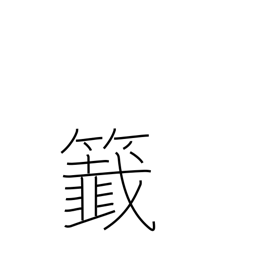
Meaning: lottery